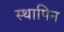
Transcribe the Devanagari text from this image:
स्थापिन